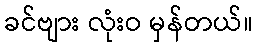
ခင်ဗျား လုံးဝ မှန်တယ်။